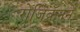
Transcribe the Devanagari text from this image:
रोजिक्रॅनने